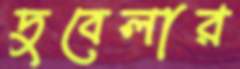
দুবেলার